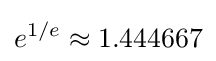
e^{1/e}\approx 1.444667